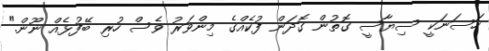
ހަސަނަކީ ސިޔާސީ ގޮތުން ގޮދަން ފުކެއްގެ މިންވަރު ވެސް ހުރި ބޭފުޅެއް ނޫން."